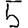
Digit: 5